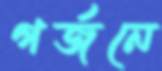
গর্জনে